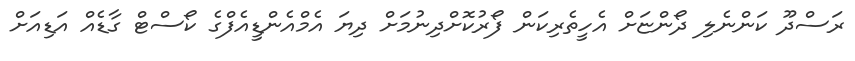
ރަސްދޫ ކަންނެލި ދޯންޏަށް އެހީތެރިކަން ފޯރުކޮށްދިނުމަށް ދިޔަ އެމްއެންޑީއެފްގެ ކޯސްޓް ގާޑެއް އަޑިއަށް